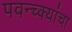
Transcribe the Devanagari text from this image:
पवन्च्क्यांचा